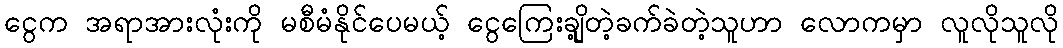
ငွေက အရာအားလုံးကို မစီမံနိုင်ပေမယ့် ငွေကြေးချို့တဲ့ခက်ခဲတဲ့သူဟာ လောကမှာ လူလိုသူလို